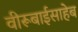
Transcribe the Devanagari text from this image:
वीरूबाईसाहेब